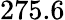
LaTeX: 275.6